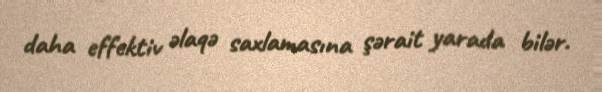
daha effektiv əlaqə saxlamasına şərait yarada bilər.